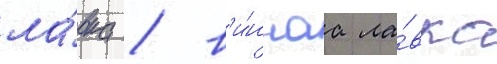
ла́вка / в'и́ннаа ла́вка